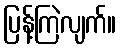
ပြန့်ကြဲလျက်။